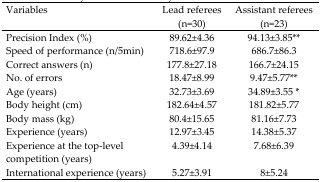
<table><thead><tr><td><b>Variables</b></td><td><b>Lead referees (n=30)</b></td><td><b>Assistant referees (n=23)</b></td></tr></thead><tbody><tr><td>Precision Index (%)</td><td>89.62±4.36</td><td>94.13±3.85<sup>**</sup></td></tr><tr><td>Speed of performance (n/5min)</td><td>718.6±97.9</td><td>686.7±86.3</td></tr><tr><td>Correct answers (n)</td><td>177.8±27.18</td><td>166.7±24.15</td></tr><tr><td>No. of errors</td><td>18.47±8.99</td><td>9.47±5.77<sup>**</sup></td></tr><tr><td>Age (years)</td><td>32.73±3.69</td><td>34.89±3.55 <sup>*</sup></td></tr><tr><td>Body height (cm)</td><td>182.64±4.57</td><td>181.82±5.77</td></tr><tr><td>Body mass (kg)</td><td>80.4±15.65</td><td>81.16±7.73</td></tr><tr><td>Experience (years)</td><td>12.97±3.45</td><td>14.38±5.37</td></tr><tr><td>Experience at the top-level competition (years)</td><td>4.39±4.14</td><td>7.68±6.39</td></tr><tr><td>International experience (years)</td><td>5.27±3.91</td><td>8±5.24</td></tr></tbody></table>